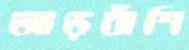
আড়বাঁশি